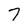
Character: 7